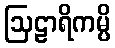
ဩဠာရိကမ္ပိ